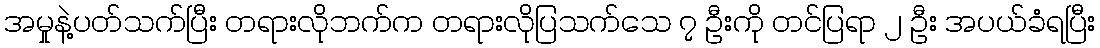
အမှုနဲ့ပတ်သက်ပြီး တရားလိုဘက်က တရားလိုပြသက်သေ ၇ ဦးကို တင်ပြရာ ၂ ဦး အပယ်ခံရပြီး